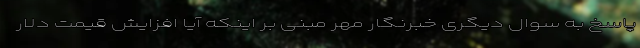
پاسخ به سوال دیگری خبرنگار مهر مبنی بر اینکه آیا افزایش قیمت دلار